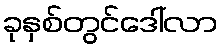
ခုနှစ်တွင်ဒေါ်လာ